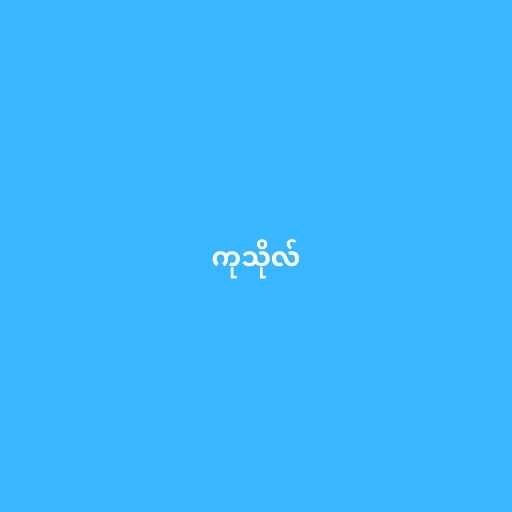
ကုသိုလ်